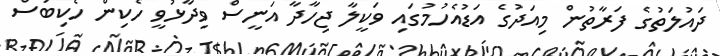
ދައުލަތުގެ ފަރާތުން މިއަދުގެ އަޑުއެހުމުގައި ވަކީލާ ޖިހާދާ އަނީސް ވިދާޅުވީ ހެކިން ހެކިބަސް